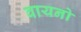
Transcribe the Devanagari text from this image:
वायनो